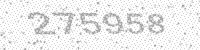
Solution: 275958